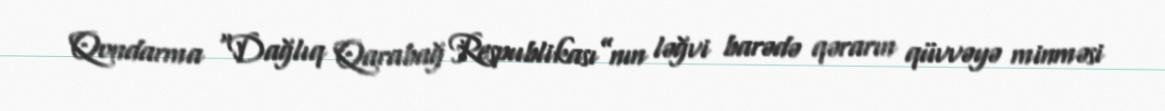
Qondarma “Dağlıq Qarabağ Respublikası”nın ləğvi barədə qərarın qüvvəyə minməsi